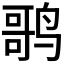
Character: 𬸠